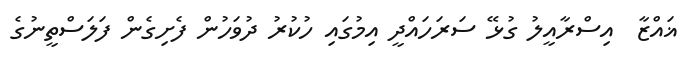
ޣައްޒާ  އިސްރާއީލު ގުޅޭ ސަރަހައްދީ އިމުގައި ހުކުރު ދުވަހުން ފެށިގެން ފަލަސްތީނުގެ